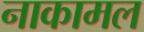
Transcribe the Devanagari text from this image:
नाकामल